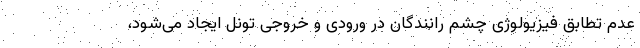
عدم تطابق فیزیولوژی چشم رانندگان در ورودی و خروجی تونل ایجاد می‌شود،